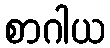
စာဂါယ